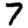
Digit: 7